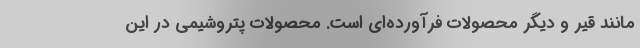
مانند قیر و دیگر محصولات فرآورده‌ای است. محصولات پتروشیمی در این